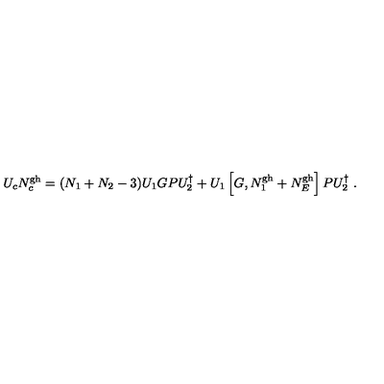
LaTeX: U _ { c } N _ { c } ^ { \mathrm { g h } } = ( N _ { 1 } + N _ { 2 } - 3 ) U _ { 1 } G P U _ { 2 } ^ { \dagger } + U _ { 1 } \left[ G , N _ { 1 } ^ { \mathrm { g h } } + N _ { E } ^ { \mathrm { g h } } \right] P U _ { 2 } ^ { \dagger } \ .